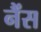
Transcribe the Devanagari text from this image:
नैंस